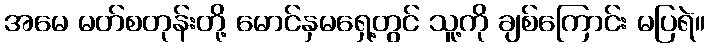
အမေ မတ်စတုန်းတို့ မောင်နှမရှေ့တွင် သူ့ကို ချစ်ကြောင်း မပြရဲ။